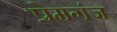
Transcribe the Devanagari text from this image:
प्रेमगंज